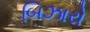
બિઝારો